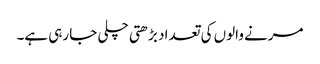
مرنے والوں کی تعداد بڑھتی چلی جا رہی ہے۔